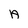
Character: A